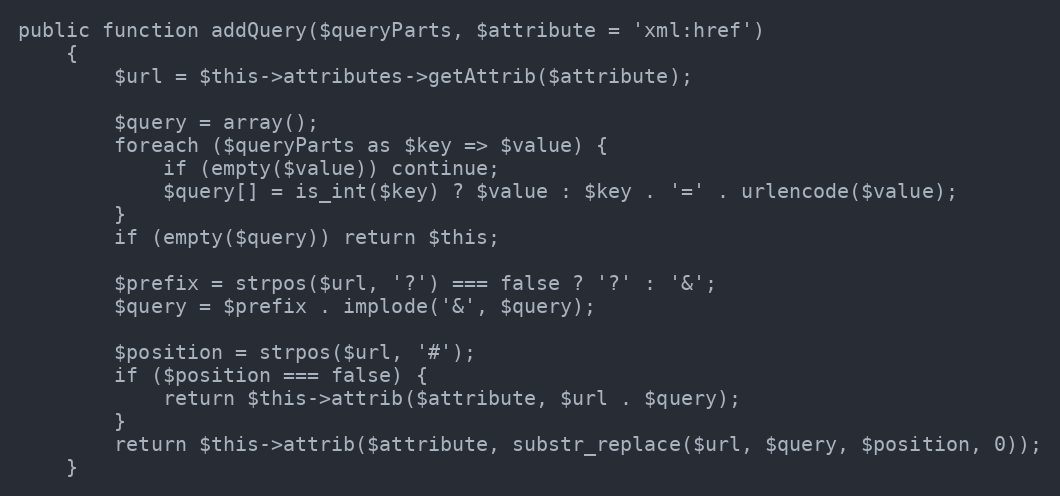
Language: PHP
public function addQuery($queryParts, $attribute = 'xml:href')
	{
		$url = $this->attributes->getAttrib($attribute);

		$query = array();
		foreach ($queryParts as $key => $value) {
			if (empty($value)) continue;
			$query[] = is_int($key) ? $value : $key . '=' . urlencode($value);
		}
		if (empty($query)) return $this;

		$prefix = strpos($url, '?') === false ? '?' : '&';
		$query = $prefix . implode('&', $query);

		$position = strpos($url, '#');
		if ($position === false) {
			return $this->attrib($attribute, $url . $query);
		}
		return $this->attrib($attribute, substr_replace($url, $query, $position, 0));
	}